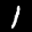
Label: 1